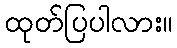
ထုတ်ပြပါလား။